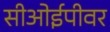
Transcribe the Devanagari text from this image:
सीओईपीवर